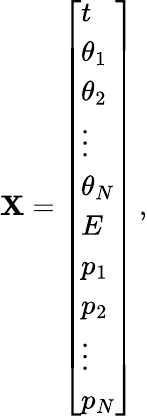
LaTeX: \mathbf{X}=\left[\begin{array}{l}{t}\\ {\theta_{1}}\\ {\theta_{2}}\\ {\vdots}\\ {\theta_{N}}\\ {E}\\ {p_{1}}\\ {p_{2}}\\ {\vdots}\\ {p_{N}}\end{array}\right]\, ,